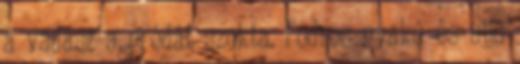
a vadász a prédát szokta. Fodros nyakú és ujjú